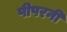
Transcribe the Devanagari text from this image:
पीपरनी